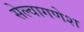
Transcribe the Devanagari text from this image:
सेल्वागणेश